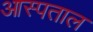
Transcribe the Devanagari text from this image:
आस्पताल